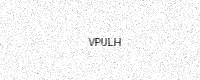
Text: VPULH